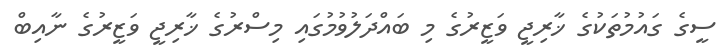
ސީގެ ގައުމުތަކުގެ ޚާރިޖީ ވަޒީރުގެ މި ބައްދަލުވުމުގައި މިސްރުގެ ޚާރިޖީ ވަޒީރުގެ ނާއިބް